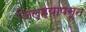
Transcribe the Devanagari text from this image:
जिल्ह्यापसून